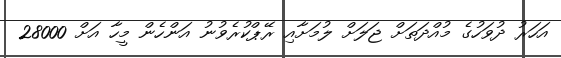
އަހަރު ދުވަހުގެ މުއްދަތަށް ޖަލަށް ލުމަށާއި ރޭޕްކުރެވުނު އަންހެން މީހާ އަށް 28000